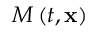
M \left( t , \mathbf { x } \right)